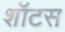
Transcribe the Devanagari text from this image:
शॉटस